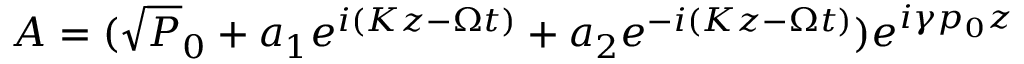
A = ( \sqrt P _ { 0 } + a _ { 1 } e ^ { i ( K z - \Omega t ) } + a _ { 2 } e ^ { - i ( K z - \Omega t ) } ) e ^ { i \gamma p _ { 0 } z }